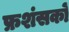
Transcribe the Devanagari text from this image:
फ्रशंसकों